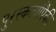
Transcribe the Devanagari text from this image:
पुरस्कर्त्यांपैकी